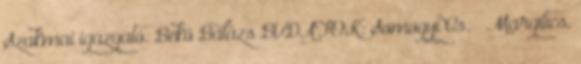
Szakmai igazgató: Bekő Balázs BUDAFOK: Somogyi Cs. – Margitics,